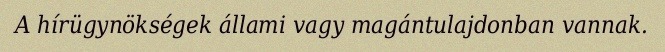
A hírügynökségek állami vagy magántulajdonban vannak.